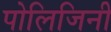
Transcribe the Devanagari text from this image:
पोलिजिनी